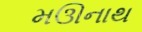
મઊનાથ